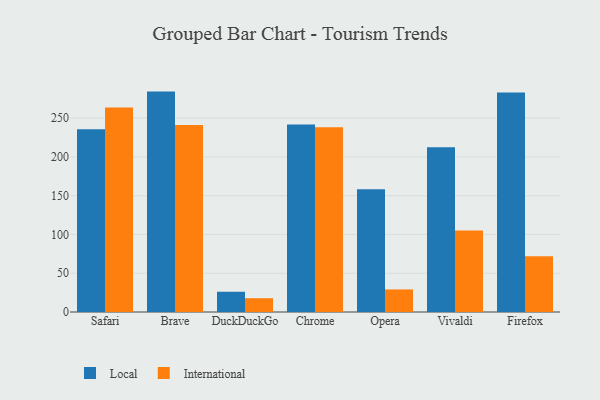
{"axis": {"x": "Browser", "y": "Satisfaction Score"}, "legend": ["International", "Local"], "data": [{"x": "Safari", "y": 235.6, "type": "Local"}, {"x": "Safari", "y": 263.8, "type": "International"}, {"x": "Brave", "y": 284.2, "type": "Local"}, {"x": "Brave", "y": 241.1, "type": "International"}, {"x": "DuckDuckGo", "y": 26.1, "type": "Local"}, {"x": "DuckDuckGo", "y": 17.8, "type": "International"}, {"x": "Chrome", "y": 241.8, "type": "Local"}, {"x": "Chrome", "y": 238.2, "type": "International"}, {"x": "Opera", "y": 158.3, "type": "Local"}, {"x": "Opera", "y": 29.1, "type": "International"}, {"x": "Vivaldi", "y": 212.4, "type": "Local"}, {"x": "Vivaldi", "y": 105.2, "type": "International"}, {"x": "Firefox", "y": 283.1, "type": "Local"}, {"x": "Firefox", "y": 72.0, "type": "International"}]}